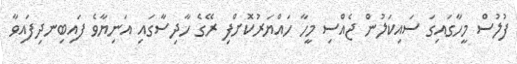
ފުލުސް މީހާގައިގަ ސައިކަލުން ޖެއްސި މީހާ ހައްޔަރުކޮށްފި ރޭގެ ހާދިސާގައި އަނިޔާވެ ފައިބިނދިފައިވާ